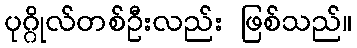
ပုဂ္ဂိုလ်တစ်ဦးလည်း ဖြစ်သည်။